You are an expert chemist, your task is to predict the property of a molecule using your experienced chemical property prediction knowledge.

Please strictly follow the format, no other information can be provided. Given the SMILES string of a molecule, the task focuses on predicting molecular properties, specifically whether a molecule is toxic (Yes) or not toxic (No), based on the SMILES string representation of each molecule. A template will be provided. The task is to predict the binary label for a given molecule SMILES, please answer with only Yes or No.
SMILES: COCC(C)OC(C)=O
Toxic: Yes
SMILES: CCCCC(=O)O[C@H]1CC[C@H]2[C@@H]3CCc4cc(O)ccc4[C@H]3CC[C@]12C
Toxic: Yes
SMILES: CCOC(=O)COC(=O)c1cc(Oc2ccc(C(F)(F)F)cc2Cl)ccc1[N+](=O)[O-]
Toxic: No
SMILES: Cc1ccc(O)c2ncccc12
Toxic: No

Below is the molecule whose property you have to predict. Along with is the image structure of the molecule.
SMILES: C[C@@H]1O[C@@H](O[C@@H]2[C@@H](O)[C@H](OCCc3ccc(O)c(O)c3)O[C@H](CO[C@@H]3O[C@H](CO)[C@@H](O)[C@H](O)[C@H]3O)[C@H]2OC(=O)/C=C/c2ccc(O)c(O)c2)[C@H](O)[C@H](O)[C@H]1O
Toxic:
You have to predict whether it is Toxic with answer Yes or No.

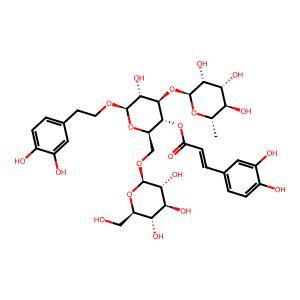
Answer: No